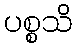
ပစ္စသိ